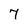
Character: 7